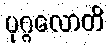
ပုဂ္ဂလောတိ